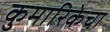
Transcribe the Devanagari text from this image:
कुमारिकेचा